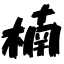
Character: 楠